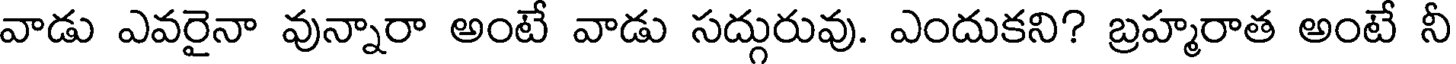
వాడు ఎవరైనా వున్నారా అంటే వాడు సద్గురువు. ఎందుకని? బ్రహ్మరాత అంటే నీ